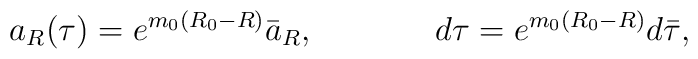
a_R(\tau)=e^{m_0(R_0-R)}\bar{a}_R,\ \ \ \ \ \ \ \ \ \ \ d\tau=e^{m_0(R_0-R)}d\bar{\tau},